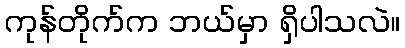
ကုန်တိုက်က ဘယ်မှာ ရှိပါသလဲ။